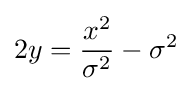
2y={\frac {x^{2}}{\sigma ^{2}}}-\sigma ^{2}